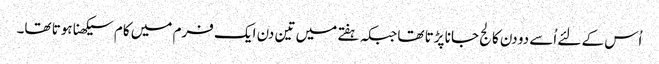
اُس کے لئے اُسے دو دن کالج جانا پڑتا تھا جبکہ ہفتے میں تین دن ایک فرم میں کام سیکھنا ہوتا تھا۔